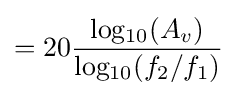
=20{\frac {\mathrm {log_{10}} (A_{v})}{\mathrm {log_{10}} (f_{2}/f_{1})}}\